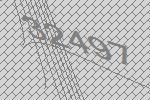
32497